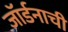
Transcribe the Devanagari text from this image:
जॉर्डनाची